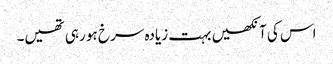
اس کی آنکھیں بہت زیادہ سرخ ہو رہی تھیں۔